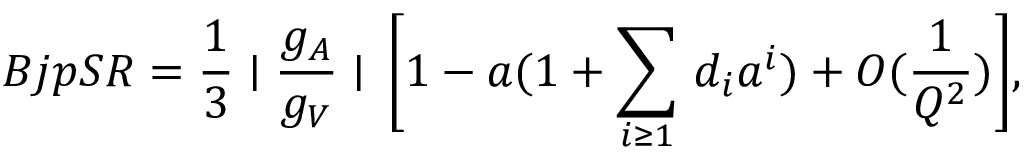
B j p S R = \frac { 1 } { 3 } \mid \frac { g _ { A } } { g _ { V } } \mid \, \bigg [ 1 - a ( 1 + \sum _ { i \geq 1 } \, d _ { i } a ^ { i } ) + O ( \frac { 1 } { Q ^ { 2 } } ) \bigg ] ,